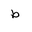
Letter: _da